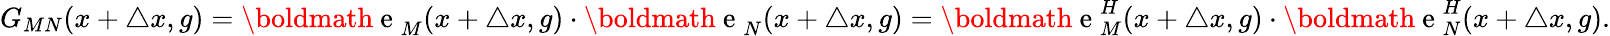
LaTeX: G_{MN}(x+\triangle x,g)=\mathrm{\boldmath{~e~}}_{M}(x+\triangle x,g)\cdot\mathrm{\boldmath{~e~}}_{N}(x+\triangle x,g)=\mathrm{\boldmath{~e~}}_{M}^{H}(x+\triangle x,g)\cdot\mathrm{\boldmath{~e~}}_{N}^{H}(x+\triangle x,g).